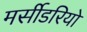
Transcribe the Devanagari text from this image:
मर्सीडरियो